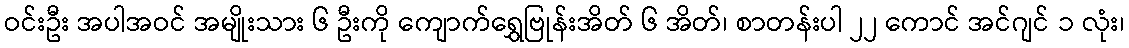
ဝင်းဦး အပါအဝင် အမျိုးသား ၆ ဦးကို ကျောက်ရွှေဗြုန်းအိတ် ၆ အိတ်၊ စာတန်းပါ ၂၂ ကောင် အင်ဂျင် ၁ လုံး၊